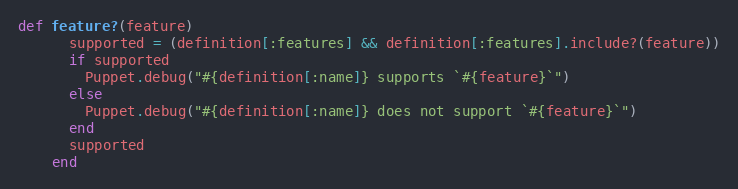
Language: Ruby
def feature?(feature)
      supported = (definition[:features] && definition[:features].include?(feature))
      if supported
        Puppet.debug("#{definition[:name]} supports `#{feature}`")
      else
        Puppet.debug("#{definition[:name]} does not support `#{feature}`")
      end
      supported
    end